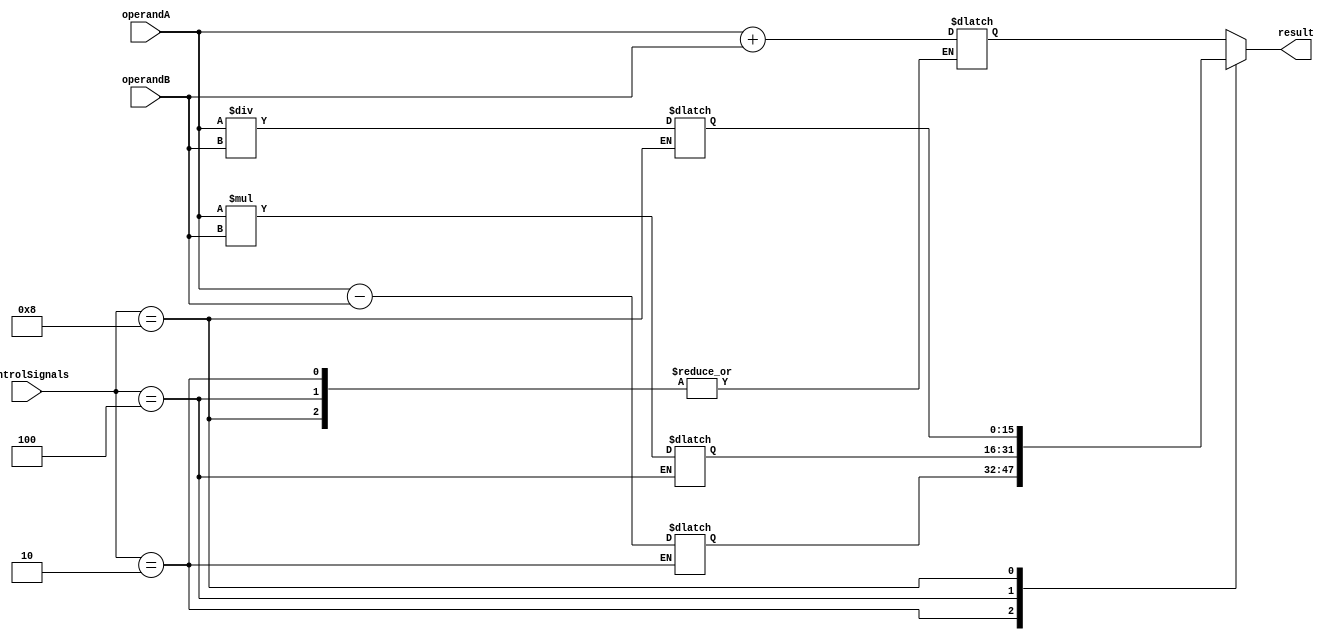
module ALU_16bit (
    input [15:0] operandA,
    input [15:0] operandB,
    input [3:0] controlSignals, // [3] = add, [2] = sub, [1] = mul, [0] = div
    output reg [15:0] result
);

reg [15:0] addResult;
reg [15:0] subResult;
reg [31:0] mulResult;
reg [15:0] divResult;

always @ (*) begin
    case (controlSignals)
        4'b0001: // addition
            addResult = operandA + operandB;
        4'b0010: // subtraction
            subResult = operandA - operandB;
        4'b0100: // multiplication
            mulResult = operandA * operandB;
        4'b1000: // division
            divResult = operandA / operandB;
        default: // default to addition
            addResult = operandA + operandB;
    endcase
end

always @ (*) begin
    case (controlSignals)
        4'b0001: // addition
            result = addResult;
        4'b0010: // subtraction
            result = subResult;
        4'b0100: // multiplication
            result = mulResult[15:0];
        4'b1000: // division
            result = divResult[15:0];
        default: // default to addition
            result = addResult;
    endcase
end

endmodule